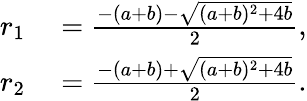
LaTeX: \begin{array}{rl}{r_{1}}&{{}=\frac{-(a+b)-\sqrt{(a+b)^{2}+4b}}{2},}\\ {r_{2}}&{{}=\frac{-(a+b)+\sqrt{(a+b)^{2}+4b}}{2}.}\end{array}